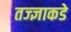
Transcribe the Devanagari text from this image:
तज्‍ज्ञाकडे